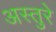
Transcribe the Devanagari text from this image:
अस्तुरे